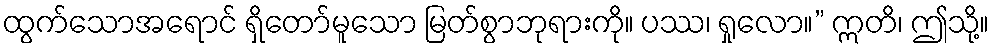
ထွက်သောအရောင် ရှိတော်မူသော မြတ်စွာဘုရားကို။ ပဿ၊ ရှုလော။” ဣတိ၊ ဤသို့။